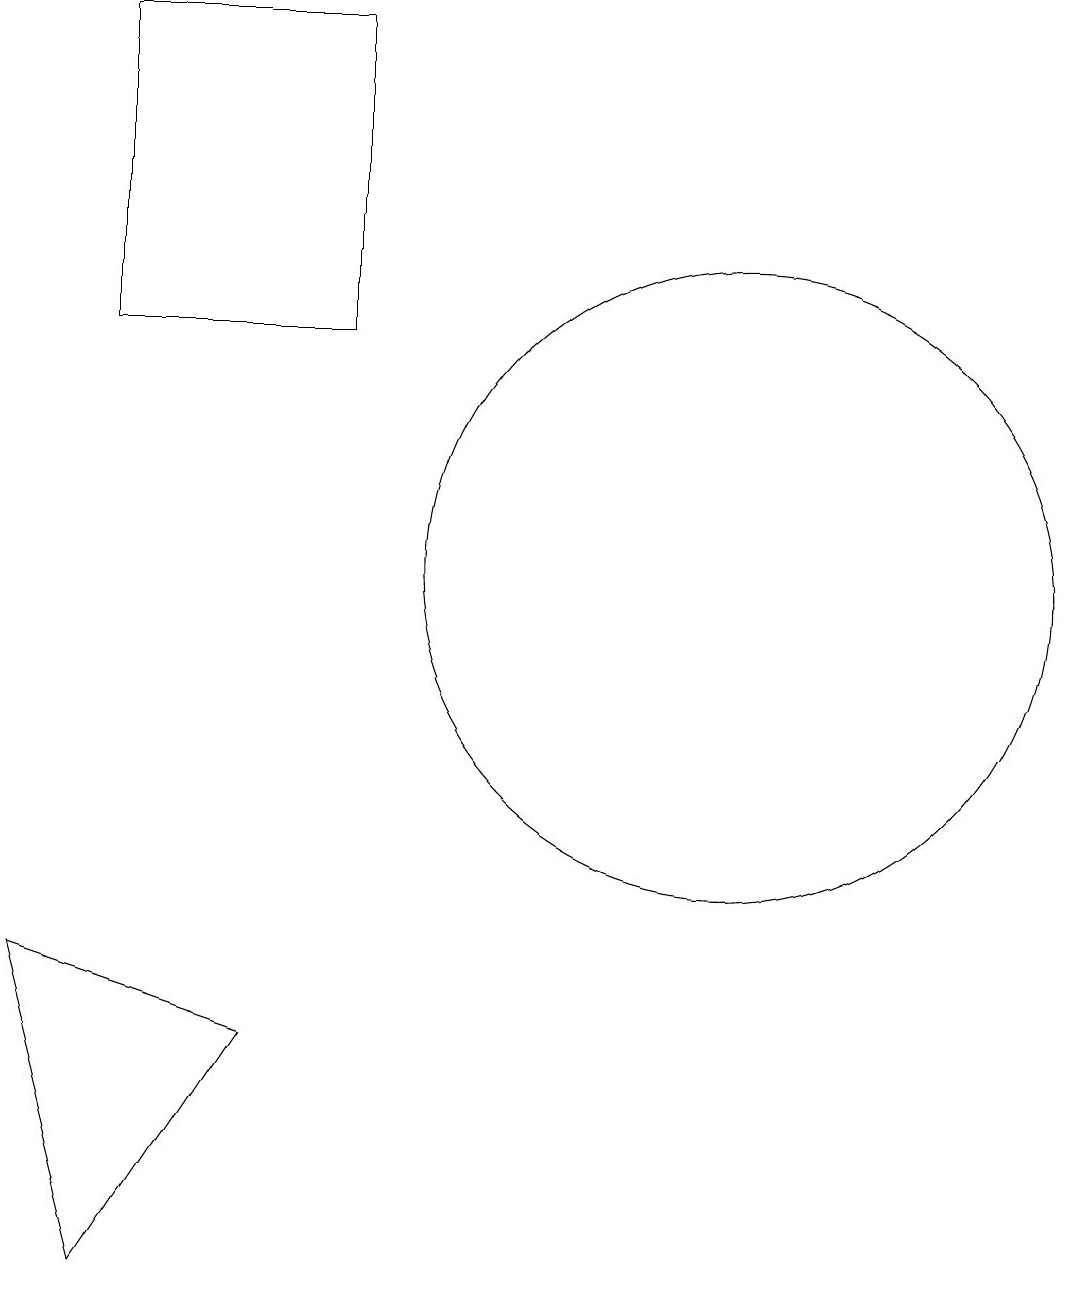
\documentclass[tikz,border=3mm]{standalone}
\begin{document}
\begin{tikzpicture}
\draw (4,5) -- (1,6) -- (2,2) -- cycle;
\draw (10,11) circle (4);
\draw (2,18) rectangle (5,14);
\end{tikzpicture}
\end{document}